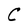
Character: C